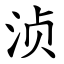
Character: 浈